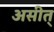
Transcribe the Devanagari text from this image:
असीत्